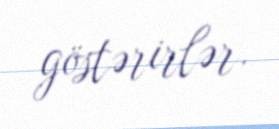
göstərirlər.